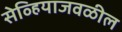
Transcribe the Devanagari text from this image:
सेव्हियाजवळील